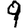
Digit: 9